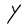
Character: Y